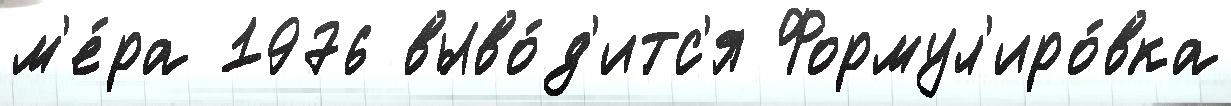
м'е́ра 1976 выво́д'итс'я Формул'иро́вка